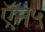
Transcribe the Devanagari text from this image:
ऍन५